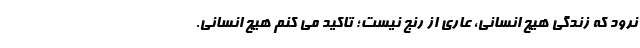
نرود که زندگی هیچ انسانی، عاری از رنج نیست؛ تاکید می کنم هیچ انسانی.